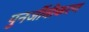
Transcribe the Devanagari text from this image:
पुनर्जीवीकरण